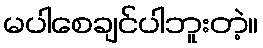
မပါစေချင်ပါဘူးတဲ့။